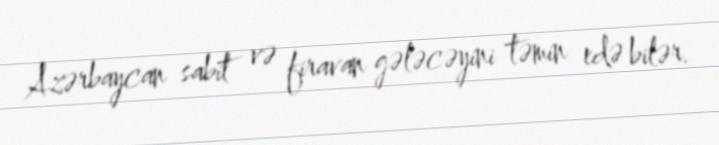
Azərbaycan sabit və firavan gələcəyini təmin edə bilər.